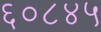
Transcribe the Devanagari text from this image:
६०८४५